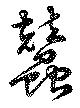
蚕